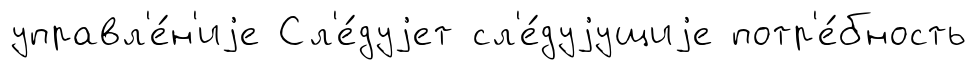
управл'е́н'иjе Сл'е́дуjет сл'е́дуjущиjе потр'е́бность